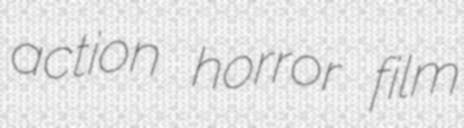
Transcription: action horror film